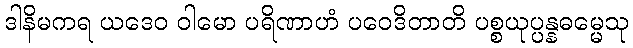
ဒါနိမကရ ယဒေဝ ဝါမော ပရိဏာဟံ ပဝေဒိတာတိ ပစ္စယုပ္ပန္နဓမ္မေသု